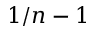
1 / n - 1